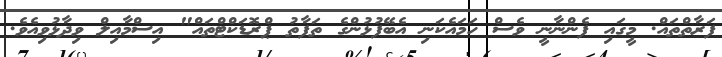
ފަރާތްތައް. މީގައި ފެންނާނީ ވެސް ހަމައެކަނި އެބޭފުޅުންގެ ތަފާތު ޕްރޮޑަކްޓްތައް" އިސްމާއިލް ވިދާޅުވިއެވެ.